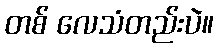
တစ် လေသံတည်းပဲ။